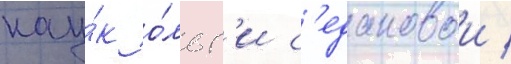
нау́к о́льг'и с'едаковои /